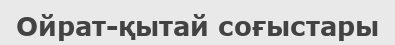
Ойрат-қытай соғыстары